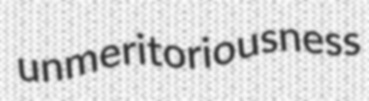
unmeritoriousness